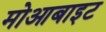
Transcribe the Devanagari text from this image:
मोआबाइट